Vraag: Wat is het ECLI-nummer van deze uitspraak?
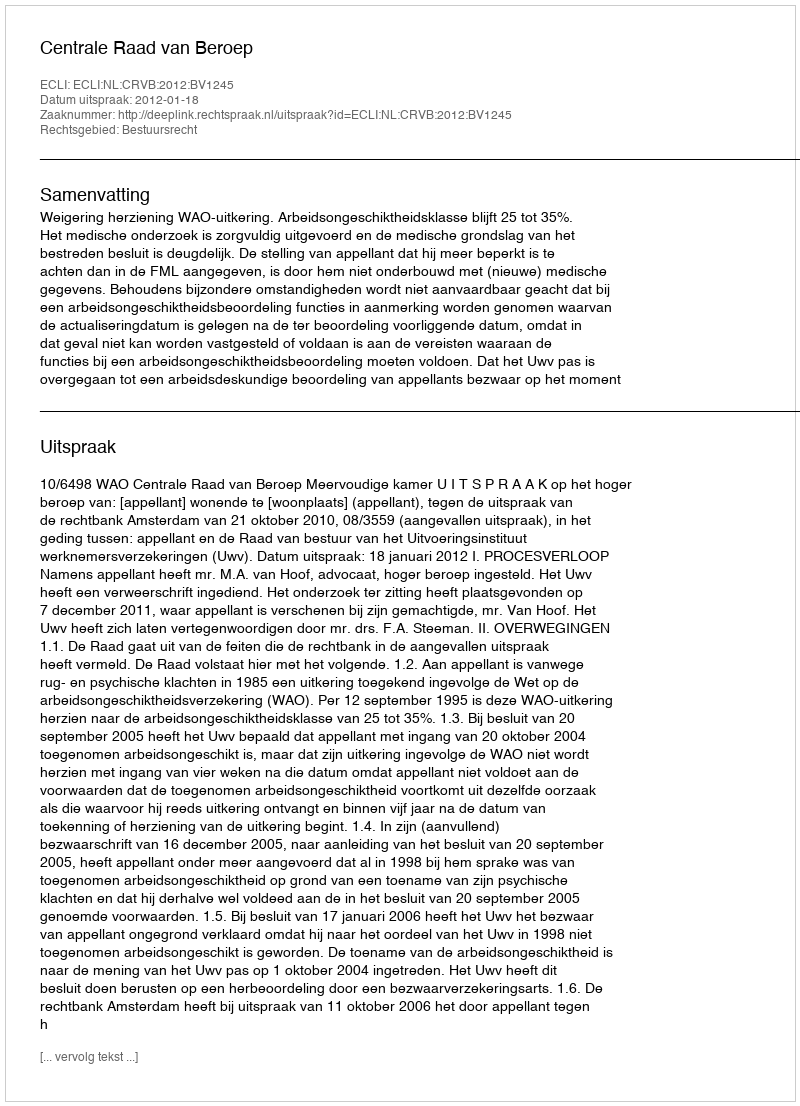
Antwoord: ECLI:NL:CRVB:2012:BV1245